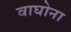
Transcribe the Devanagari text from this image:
वाघोना